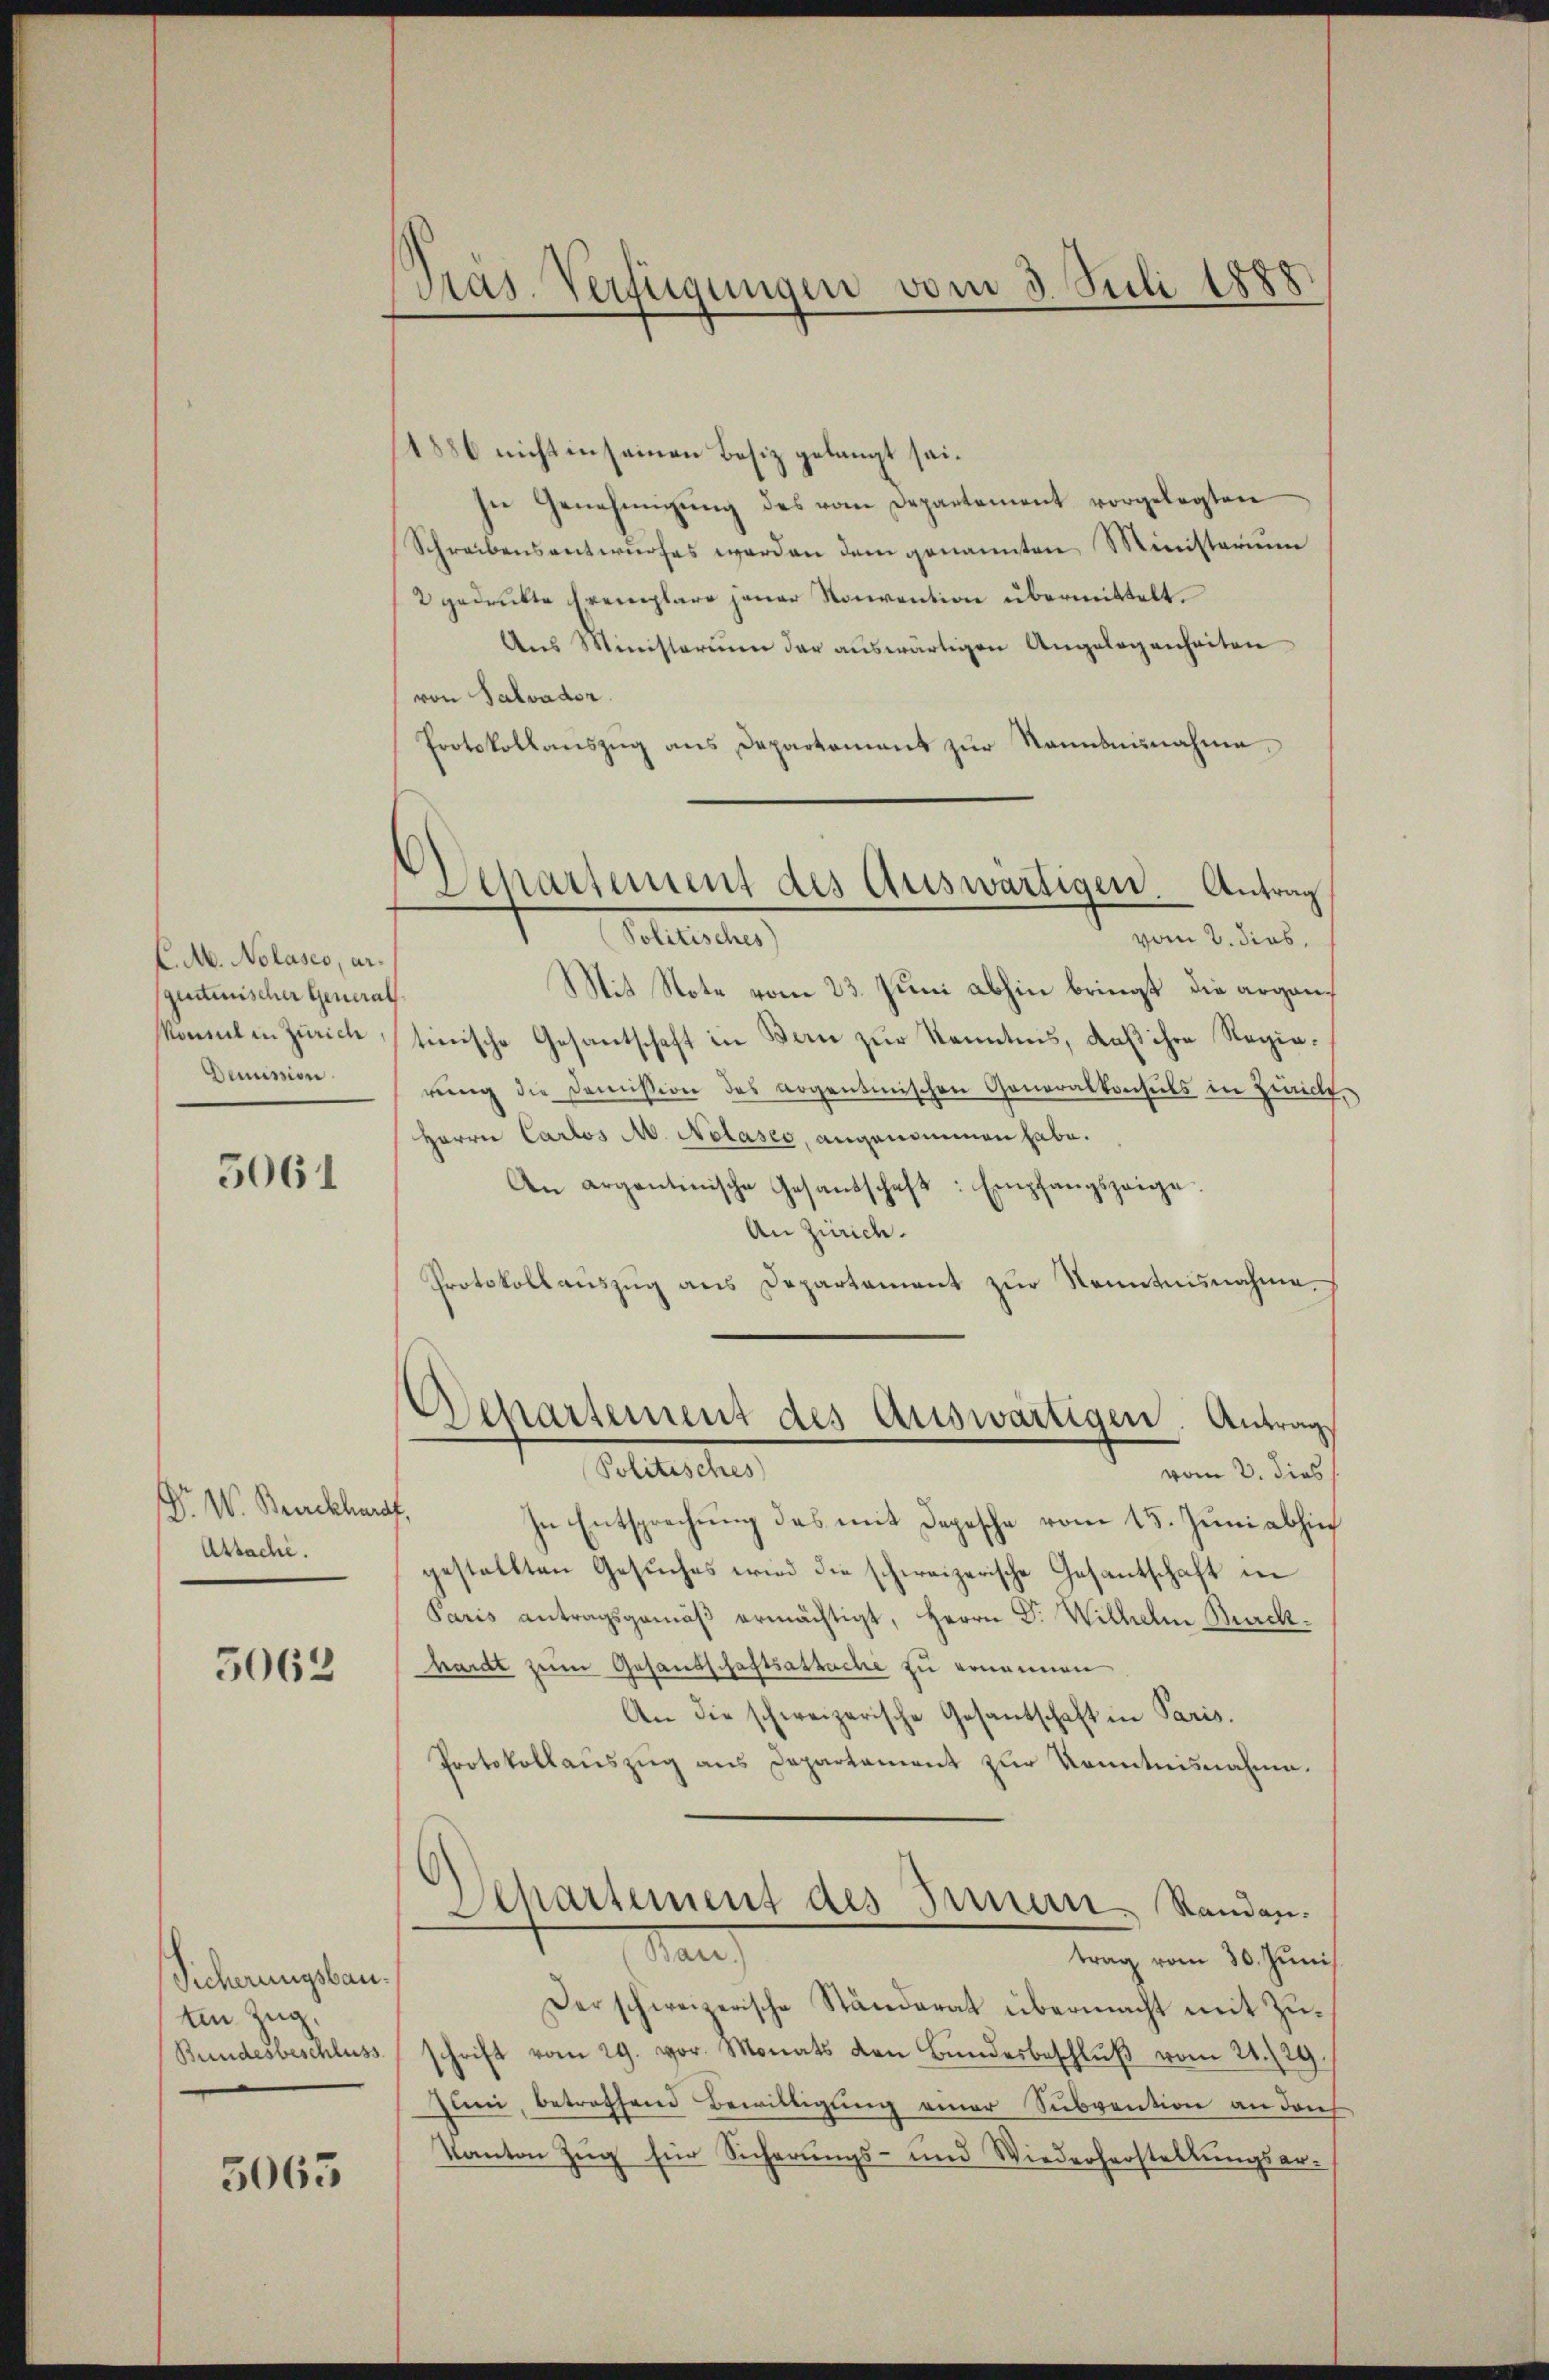
C.M. Nolases, argutinischer General¬
Demission.

5061

D. W. Brackharof.
Attache.

5063

Sicherungsbau.
ten Zug,

3063

Pras. Verfügungen vom 3. Juli 1888

Departement des Auswärtigen. Antrag
(Politisches)
vom 2. dies,

1886 nicht in seinen Besiz gelangt sei.
sne Genehmigŭng des vom Departement vorgelegten
Schreibensentwurfes werden dem genannten Ministerium
2 gedrukte Exemplare jener Konvention übermittelt.
Ans Ministerium der auswärtigen Angelegenheiten
von Salvader
Protokollauszug aus Departement zur Sonntennahme.
Mit Note vom 23. Juni abhin bringt die argankommel in Zürichtinische Gesantschaft in Bern zur Kenntnis, daß ihre Regierŭng die Domission des argentinischen Generalkonsuls in Züricht.
Herrn Carlos A. Nolaseo, angenommen habe.
An argantinische Gesandschaft: Empfangszeige
An Zürich.
Protokollaŭszŭg ans Departament zŭr Kenntnisnahme.
Separtement des Auswärtigen. Antrag,
Gottester
vom 2. dies
In Entsprechung das mit Depesche vom 15. Juni abhin
gestellten Gesuches wird die schweizerische Gesantschaft in
Paris antragsgemäβ ermächtigt, Herrn Dr. Wilhelm Burck.
hardt zum Gesandschaftsastache zu ernennen
An die schweizerische Gesantschaft in Paris.
Protokollauszug aus Departement zur Kenntnisnahme.
Departement des Innern Standen.
Man
trag vom 30. Juni
Der schweizerische Ständerat übermacht mit Zu¬
Bundesbeschluss schrift vom 29. vor. Monats den Bŭndesbeschlŭβ vom 21./29.
Juni, betreffend Bewilligung einer Subvention an dar
Kanton Zŭg für Sicherŭngs- und Wiederherstellŭngsar-